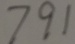
7 9 1